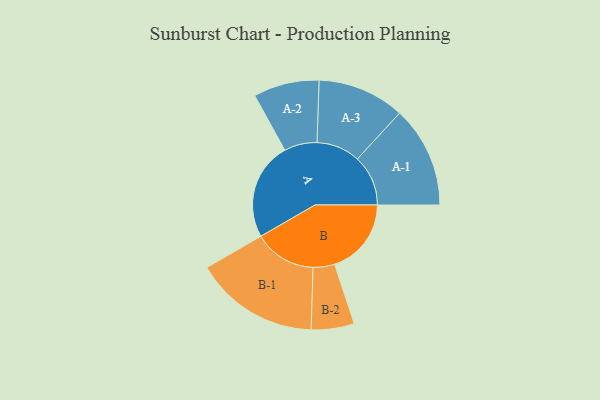
{"axis": {"x": "Segment", "y": "Value"}, "legend": ["", "A", "B"], "data": [{"x": "A", "y": 454, "type": ""}, {"x": "B", "y": 357, "type": ""}, {"x": "A-1", "y": 236, "type": "A"}, {"x": "A-2", "y": 153, "type": "A"}, {"x": "A-3", "y": 203, "type": "A"}, {"x": "B-1", "y": 290, "type": "B"}, {"x": "B-2", "y": 100, "type": "B"}]}